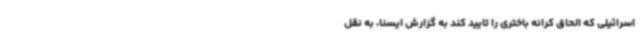
اسرائیلی که الحاق کرانه باختری را تایید کند به گزارش ایسنا، به نقل